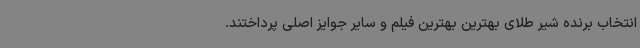
انتخاب برنده شیر طلای بهترین بهترین فیلم و سایر جوایز اصلی پرداختند.